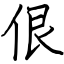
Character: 佷